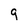
Character: q